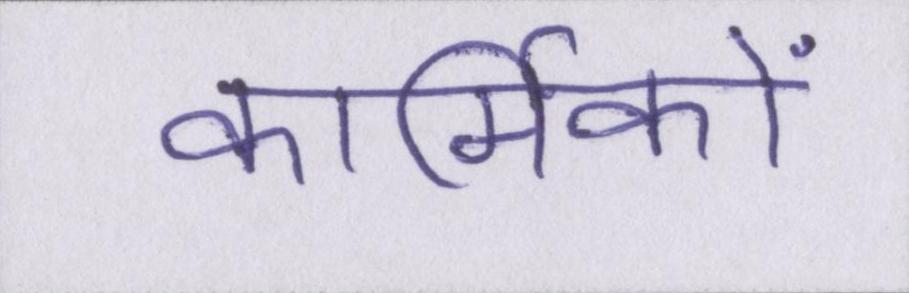
कार्मिकों